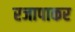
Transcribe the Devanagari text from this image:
रजापाकर